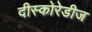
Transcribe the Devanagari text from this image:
दीस्कोरेडीज